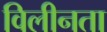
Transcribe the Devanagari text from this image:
विलीनता